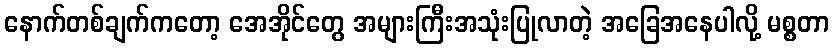
နောက်တစ်ချက်ကတော့ အေအိုင်တွေ အများကြီးအသုံးပြုလာတဲ့ အခြေအနေပါလို့ မစ္စတာ